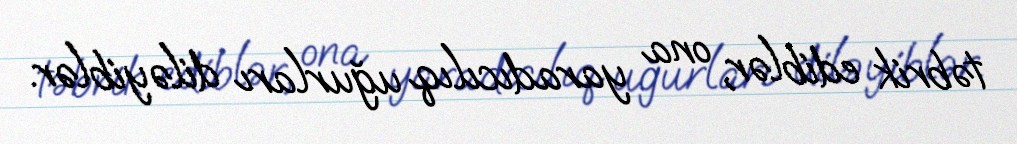
təbrik ediblər, ona yaradıcılıq uğurları diləyiblər.